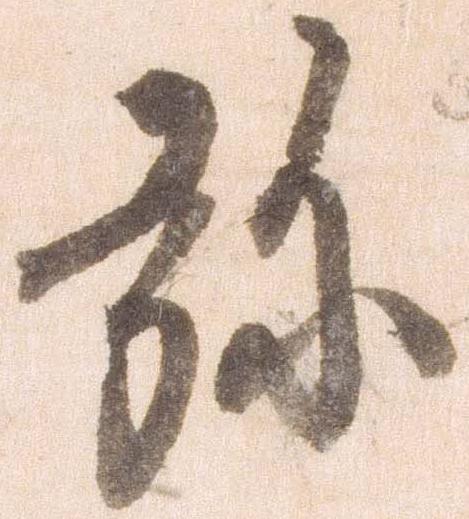
弥